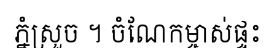
ភ្នំស្រួច ។ ចំណែកម្ចាស់ផ្ទះ